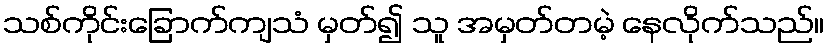
သစ်ကိုင်းခြောက်ကျသံ မှတ်၍ သူ အမှတ်တမဲ့ နေလိုက်သည်။